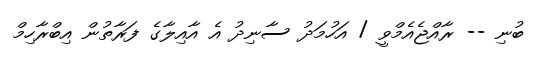
ބުނި -- ރާއްޖެއެމްވީ / އަހުމަދު ސާނިދު އެ އާއިލާގެ ފަރާތުން އިބްރާހިމް